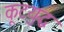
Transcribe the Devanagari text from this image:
कूटयुद्ध